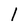
Character: l